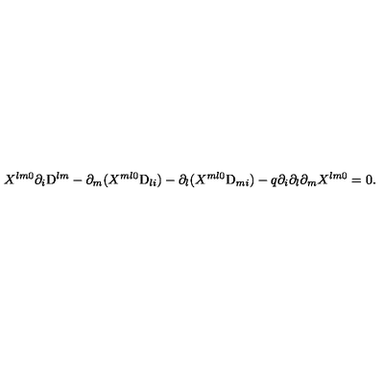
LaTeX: X ^ { l m 0 } \partial _ { i } \mathrm { D } ^ { l m } - \partial _ { m } ( X ^ { m l 0 } \mathrm { D } _ { l i } ) - \partial _ { l } ( X ^ { m l 0 } \mathrm { D } _ { m i } ) - q { } \partial _ { i } \partial _ { l } \partial _ { m } X ^ { l m 0 } = 0 .